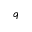
q